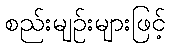
စည်းမျဉ်းများဖြင့်